Civil Veterinary Department Bengal reports 1923-33 - 1923-1933
Year: 1923
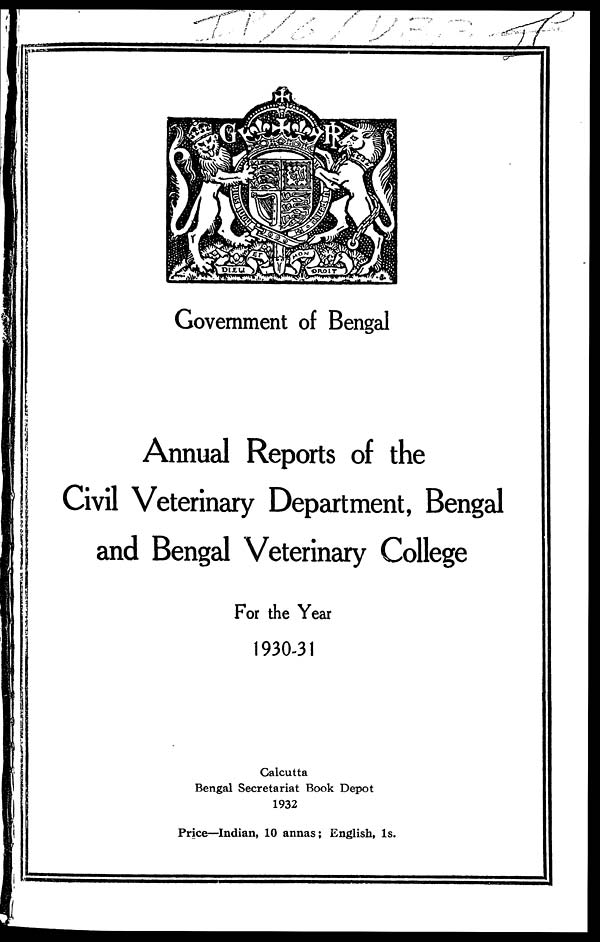
Government of Bengal
Annual Reports of the
Civil Veterinary Department, Bengal
and Bengal Veterinary College
For the Year
1930-31
Calcutta
Bengal Secretariat Book Depot
1932
Price—Indian, 10 annas; English, 1s.